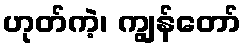
ဟုတ်ကဲ့၊ ကျွန်တော်